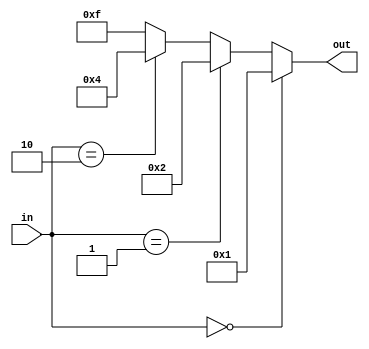
module decoder_behavioral(out, in);
	output [3:0] out; // 4out
	input [1:0] in; // 2input
	reg [3:0] out;
	
	always @(in)
		begin
			if (in == 2'b00) out = 4'b0001; // 00  0001 
			else if (in == 2'b01) out = 4'b0010; // 01  0010 
			else if (in == 2'b10) out = 4'b0100; // 10  0100 
			else out = 4'b1111; // 11  1111 
		end
endmodule